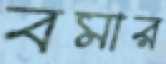
বমার